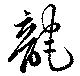
龍